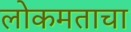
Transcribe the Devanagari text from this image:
लोकमताचा